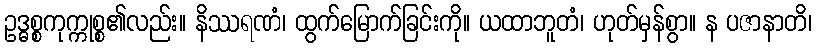
ဥဒ္ဓစ္စကုက္ကုစ္စ၏လည်း။ နိဿရဏံ၊ ထွက်မြောက်ခြင်းကို။ ယထာဘူတံ၊ ဟုတ်မှန်စွာ။ န ပဇာနာတိ၊